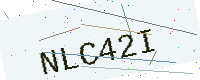
Text: NLC42I